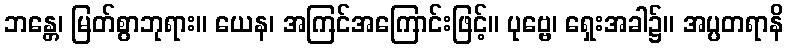
ဘန္တေ၊ မြတ်စွာဘုရား။ ယေန၊ အကြင်အကြောင်းဖြင့်။ ပုဗ္ဗေ၊ ရှေးအခါ၌။ အပ္ပတရာနိ